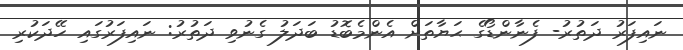
ނައިފަރު ދަތުރު- ފެނާންޑޯގެ ޙަޔާތަށް އެންމެބޮޑު ބަދަލު ގެނުވި ދަތުރު: ނައިފަރުގައި ހޭދަކުރި